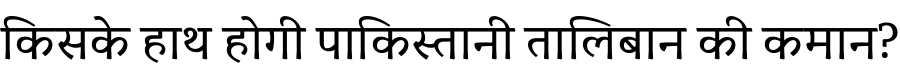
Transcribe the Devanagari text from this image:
किसके हाथ होगी पाकिस्तानी तालिबान की कमान?